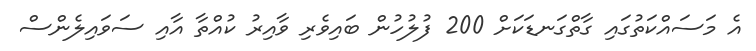
އެ މަސައްކަތުގައި ގާތްގަނޑަކަށް 200 ފުލުހުން ބައިވެރި ވާއިރު ކުއްތާ އާއި ސަވައިލެންސް